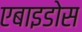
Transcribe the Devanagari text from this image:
एबाइडोस